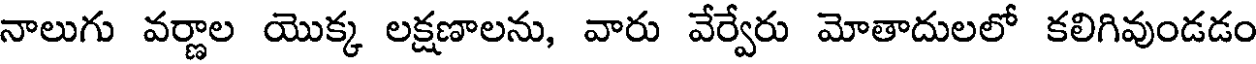
నాలుగు వర్ణాల యొక్క లక్షణాలను, వారు వేర్వేరు మోతాదులలో కలిగివుండడం